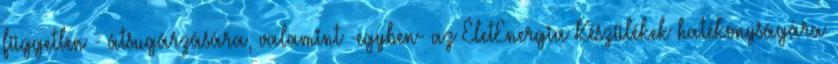
független - átsugárzására, valamint -egyben- az ÉletEnergia Készülékek hatékonyságára